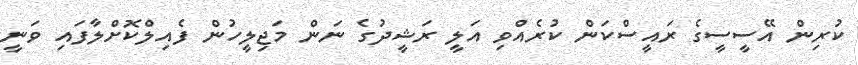
ކުރިން އޭސީސީގެ ރައީސްކަން ކުރެއްވި އަލީ ރަޝީދުގެ ނަން މަޖިލީހުން ފެއިލްކޮށްލާފައި ވަނީ